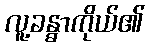
လူ့ခန္ဓာကိုယ်၏